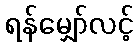
ရန်မျှော်လင့်